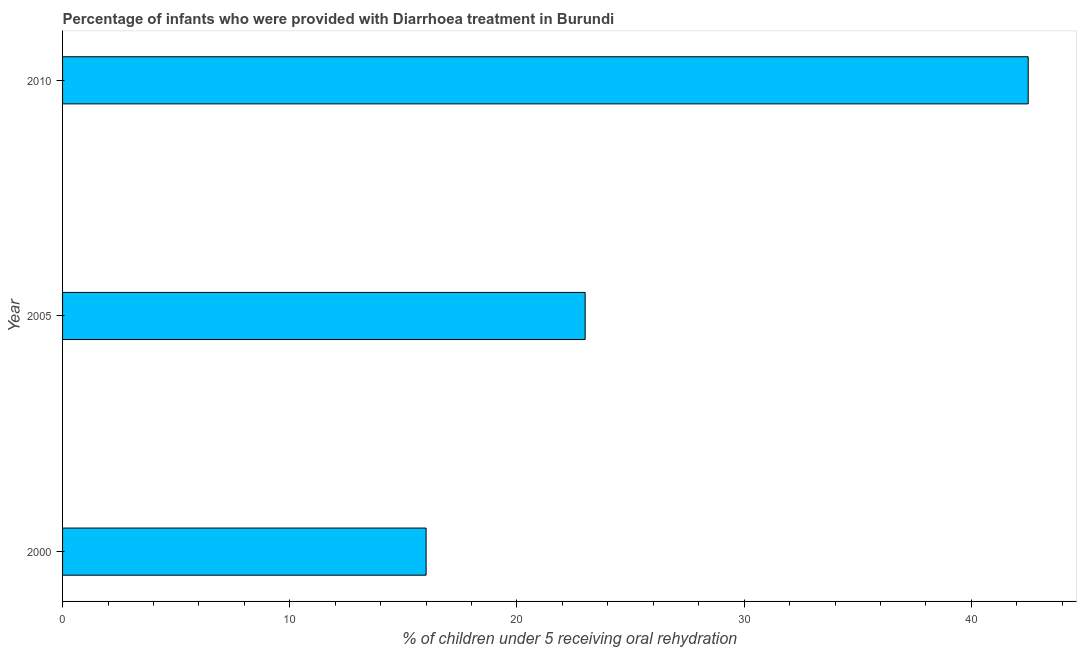
| Year | Diarrhea treatment |
 | --- | --- |
 | 2000 | 16 |
 | 2005 | 23 |
 | 2010 | 42.5 |